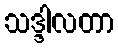
သဒ္ဒါလတာ